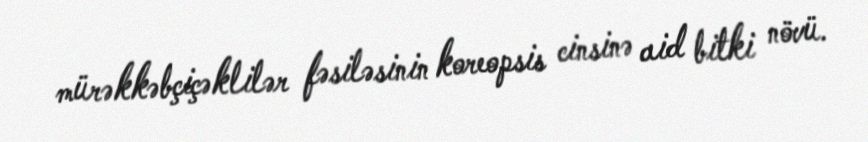
mürəkkəbçiçəklilər fəsiləsinin koreopsis cinsinə aid bitki növü.